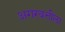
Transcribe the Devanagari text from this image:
अगरबत्तीला